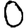
Digit: 0